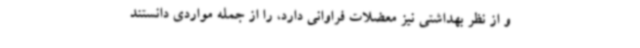
و از نظر بهداشتی نیز معضلات فراوانی دارد، را از جمله مواردی دانستند